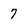
Character: 7